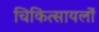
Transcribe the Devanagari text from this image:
चिकित्सायलों